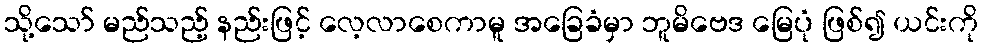
သို့သော် မည်သည့် နည်းဖြင့် လေ့လာစေကာမူ အခြေခံမှာ ဘူမိဗေဒ မြေပုံ ဖြစ်၍ ယင်းကို